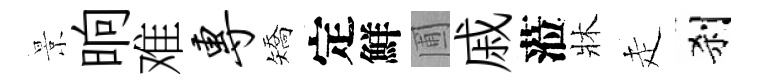
景晌难专矯定鮮圃戚蒞牀走刹